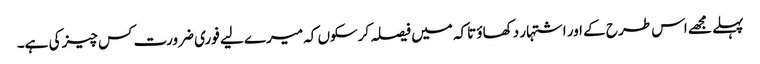
پہلے مجھے اس طرح کے اور اشتہار دکھاؤ تاکہ میں فیصلہ کرسکوں کہ میرے لیے فوری ضرورت کس چیز کی ہے۔